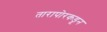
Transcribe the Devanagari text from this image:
तारापोरकडून